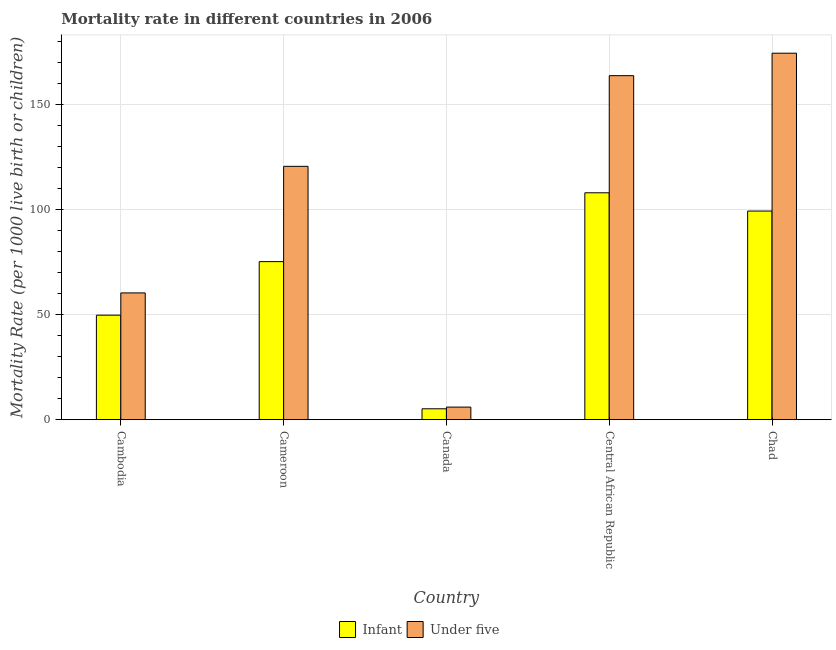
| Country | Infant | Under five |
 | --- | --- | --- |
 | Cambodia | 49.8 | 60.4 |
 | Cameroon | 75.3 | 121 |
 | Canada | 5.2 | 6 |
 | Central African Republic | 108 | 164 |
 | Chad | 99.4 | 175 |